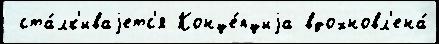
 ста́лк'иваjетс'я Конце́пциjа вдохновл'ена́